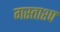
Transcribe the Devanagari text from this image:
गस्ताश्प